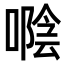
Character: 𠽛